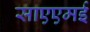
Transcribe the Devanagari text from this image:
साएएमई